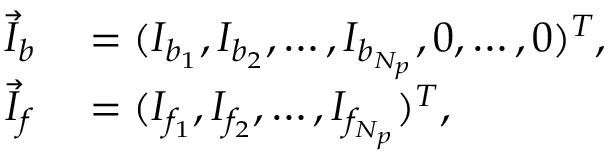
\begin{array} { r l } { \vec { I } _ { b } } & { { } = ( I _ { b _ { 1 } } , I _ { b _ { 2 } } , \dots , I _ { b _ { N _ { p } } } , 0 , \dots , 0 ) ^ { T } , } \\ { \vec { I } _ { f } } & { { } = ( I _ { f _ { 1 } } , I _ { f _ { 2 } } , \dots , I _ { f _ { N _ { p } } } ) ^ { T } , } \end{array}